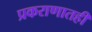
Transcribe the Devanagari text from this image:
प्रकराणातही